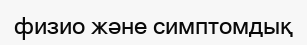
физио және симптомдық